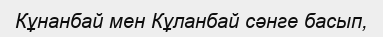
Кұнанбай мен Кұланбай сәнге басып,